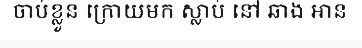
ចាប់ខ្លួន ក្រោយមក ស្លាប់ នៅ ឆាង អាន